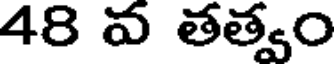
48 వ తత్వం